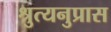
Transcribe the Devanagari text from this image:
श्रुत्यनुप्रास